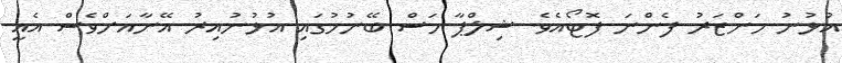
އުޅުނު މަންޒަރު ފެންނަ ފޮޓޯއެވެ. ޝިލްޕާ މަސް ބޭނުމުގައި އުޅުނުއިރު އޭނާއަށްވެސް އެއީ